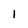
Character: 1